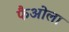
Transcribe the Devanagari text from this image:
फैओला